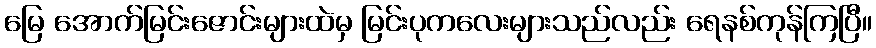
မြေ အောက်မြင်းဇောင်းများထဲမှ မြင်းပုကလေးများသည်လည်း ရေနစ်ကုန်ကြပြီ။